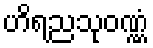
ဟိရညသုဝဏ္ဏံ